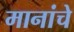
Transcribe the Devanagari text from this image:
मानांचे